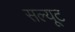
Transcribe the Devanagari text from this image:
सल्यूट